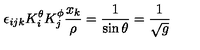
\epsilon _ { i j k } K _ { i } ^ { \theta } K _ { j } ^ { \phi } \frac { x _ { k } } { \rho } = \frac { 1 } { \sin \theta } = \frac { 1 } { \sqrt { g } }